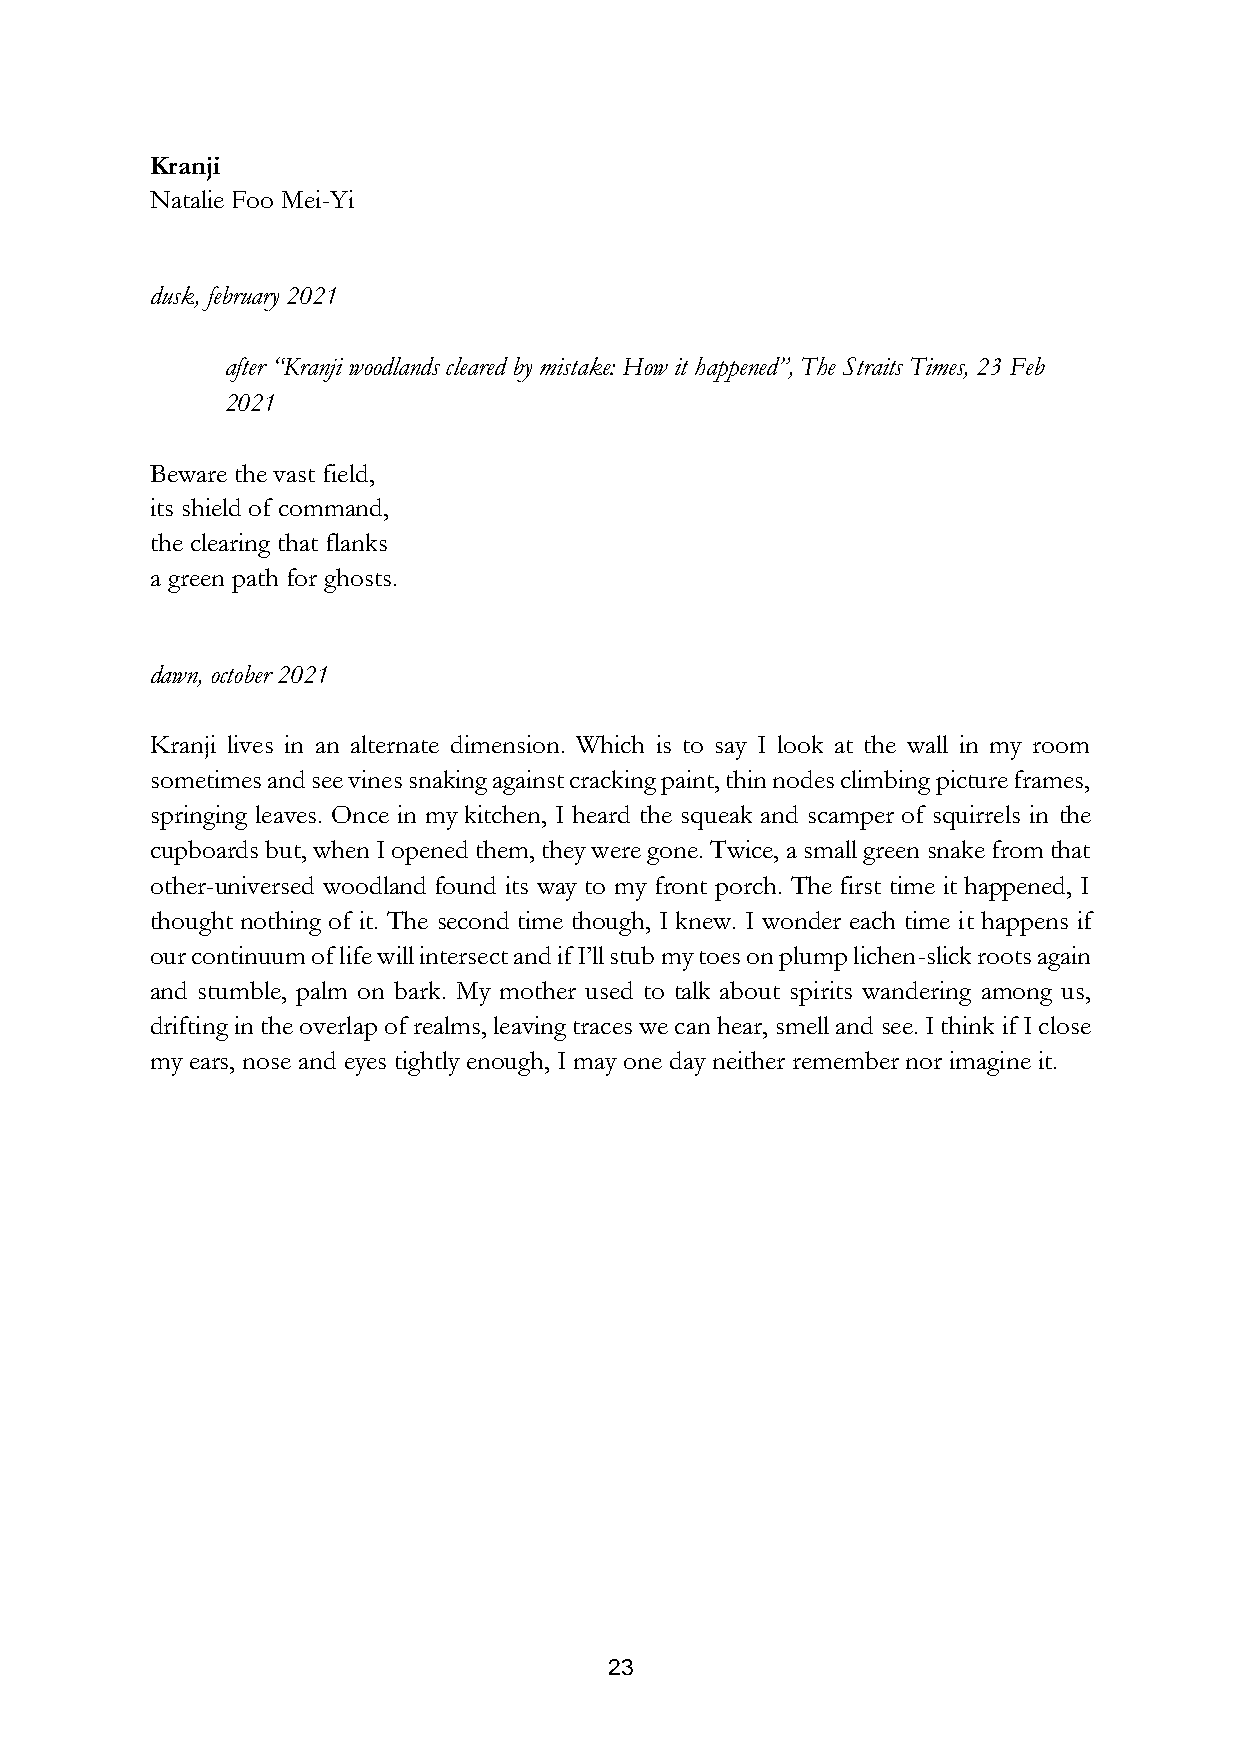
Kranji
 Natalie Foo Mei-Yi
 dusk, february 2021
 after “Kranji woodlands cleared by mistake: How it happened”, The Straits Times, 23 Feb
 2021
 Beware the vast field,
 its shield of command,
 the clearing that flanks
 a green path for ghosts.
 dawn, october 2021
 Kranji lives in an alternate dimension. Which is to say I look at the wall in my room
 sometimes and see vines snaking against cracking paint, thin nodes climbing picture frames,
 springing leaves. Once in my kitchen, I heard the squeak and scamper of squirrels in the
 cupboards but, when I opened them, they were gone. Twice, a small green snake from that
 other-universed woodland found its way to my front porch. The first time it happened, I
 thought nothing of it. The second time though, I knew. I wonder each time it happens if
 our continuum of life will intersect and if I’ll stub my toes on plump lichen-slick roots again
 and stumble, palm on bark. My mother used to talk about spirits wandering among us,
 drifting in the overlap of realms, leaving traces we can hear, smell and see. I think if I close
 my ears, nose and eyes tightly enough, I may one day neither remember nor imagine it.
 23